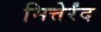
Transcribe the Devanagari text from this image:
मित्तेर्रंद